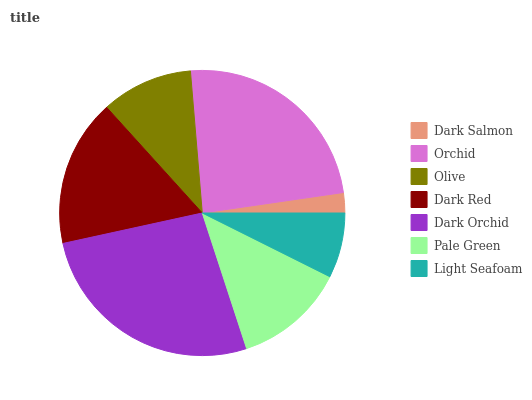
| Dark Salmon | Orchid | Olive | Dark Red | Dark Orchid | Pale Green | Light Seafoam |
 | --- | --- | --- | --- | --- | --- | --- |
 | 2.29% | 24% | 10.4% | 16.7% | 26.6% | 12.6% | 7.37% |